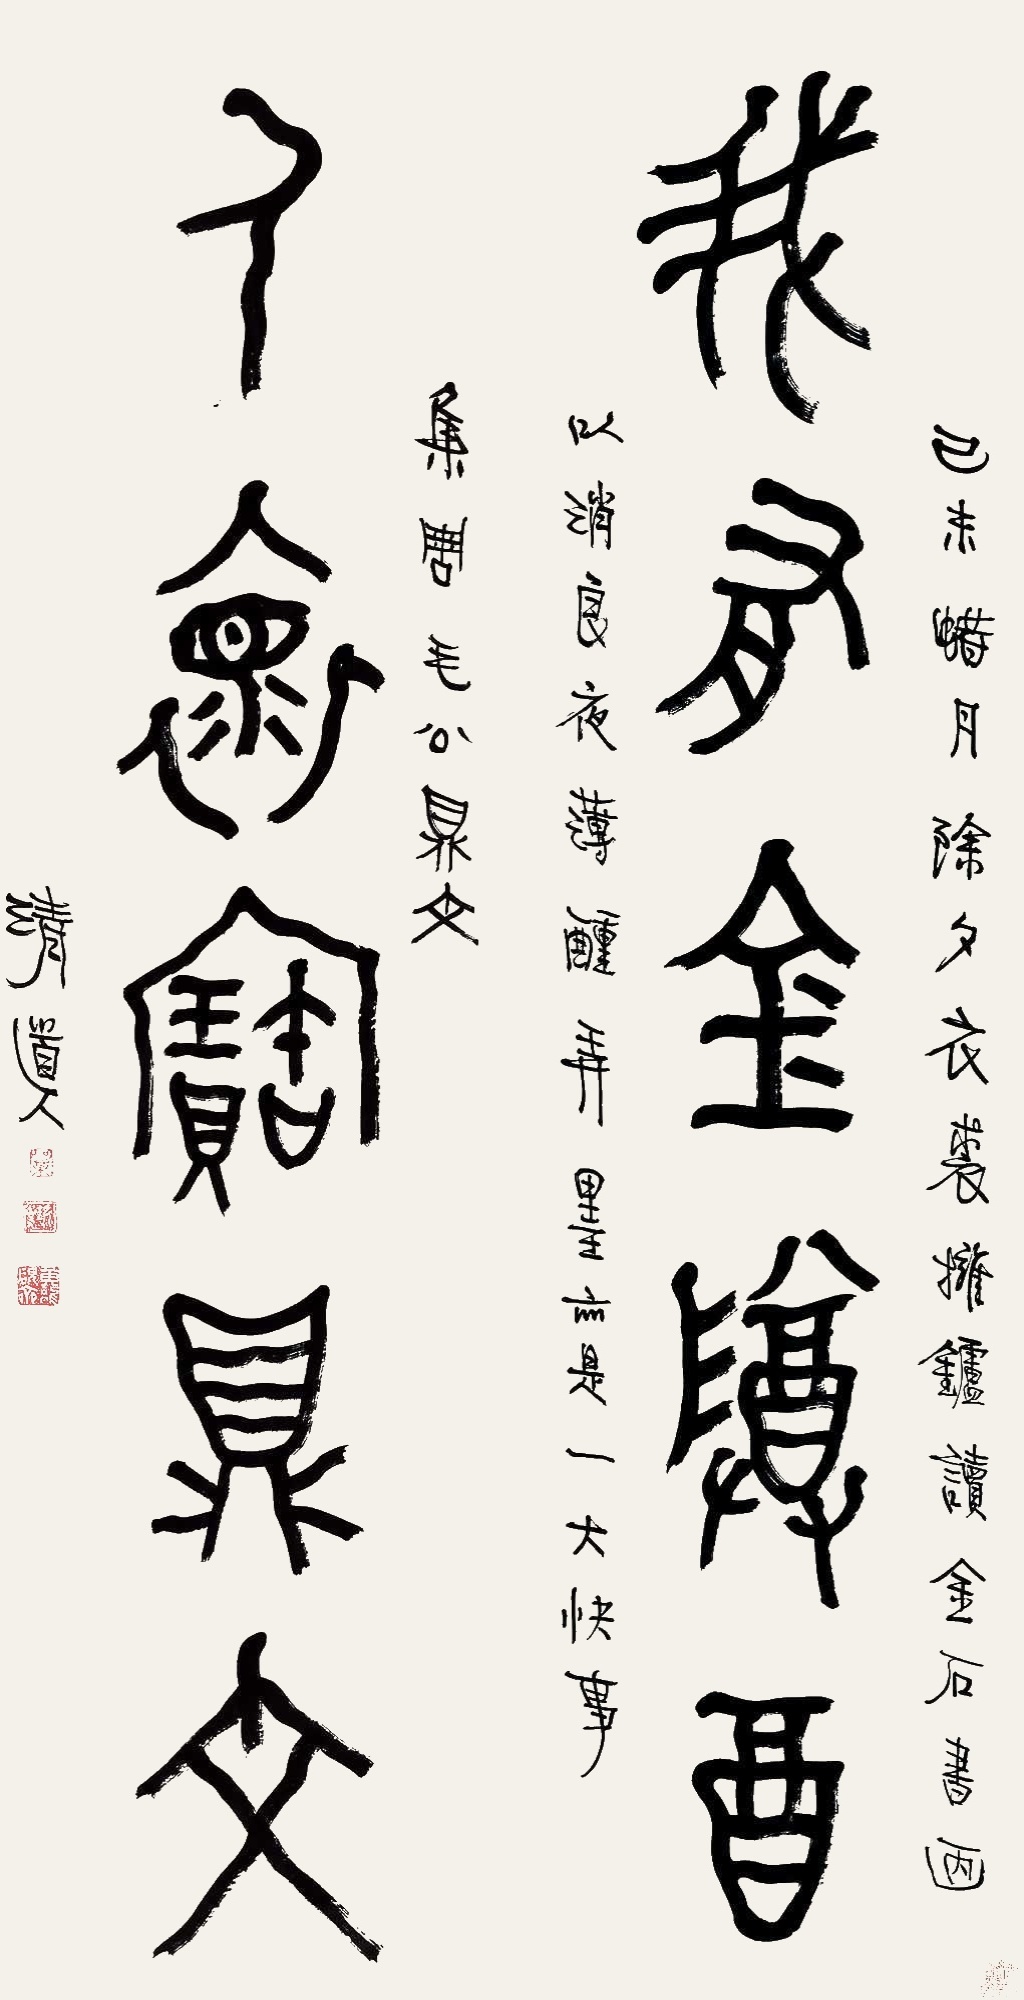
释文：我有金樽酒，人怀宝鼎文。己未腊月除夕，衣裘拥炉读金石书画，以消良夜，薄醺弄墨亦是一大快事。集周毛公鼎文，清道人。